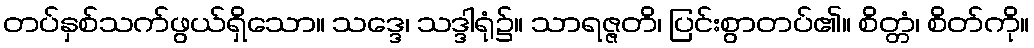
တပ်နှစ်သက်ဖွယ်ရှိသော။ သဒ္ဒေ၊ သဒ္ဒါရုံ၌။ သာရဇ္ဇတိ၊ ပြင်းစွာတပ်၏။ စိတ္တံ၊ စိတ်ကို။